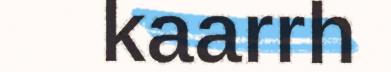
kaarrh